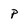
Character: P